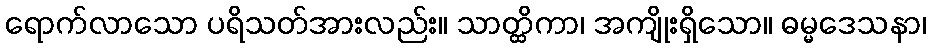
ရောက်လာသော ပရိသတ်အားလည်း။ သာတ္ထိကာ၊ အကျိုးရှိသော။ ဓမ္မဒေသနာ၊